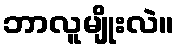
ဘာလူမျိုးလဲ။